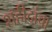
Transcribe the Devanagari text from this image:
शहीदांचा